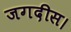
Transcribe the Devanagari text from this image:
जगदीस।